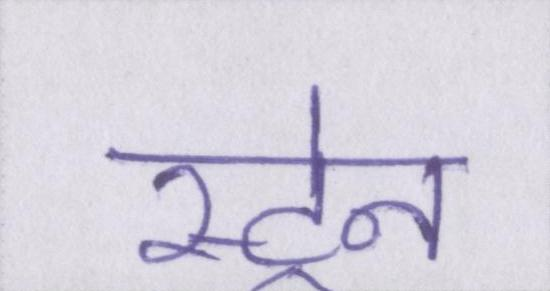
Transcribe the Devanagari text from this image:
स्ट्रेन